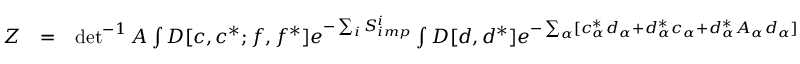
\begin{array} { r l r } { { \cal Z } } & { = } & { \operatorname* { d e t } ^ { - 1 } A \int { \cal D } [ c , c ^ { * } ; f , f ^ { * } ] e ^ { - \sum _ { i } S _ { i m p } ^ { i } } \int { \cal D } [ d , d ^ { * } ] e ^ { - \sum _ { \alpha } [ c _ { \alpha } ^ { * } d _ { \alpha } + d _ { \alpha } ^ { * } c _ { \alpha } + d _ { \alpha } ^ { * } A _ { \alpha } d _ { \alpha } ] } \phantom { . } } \end{array}